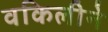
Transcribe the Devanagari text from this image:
वकिलीने